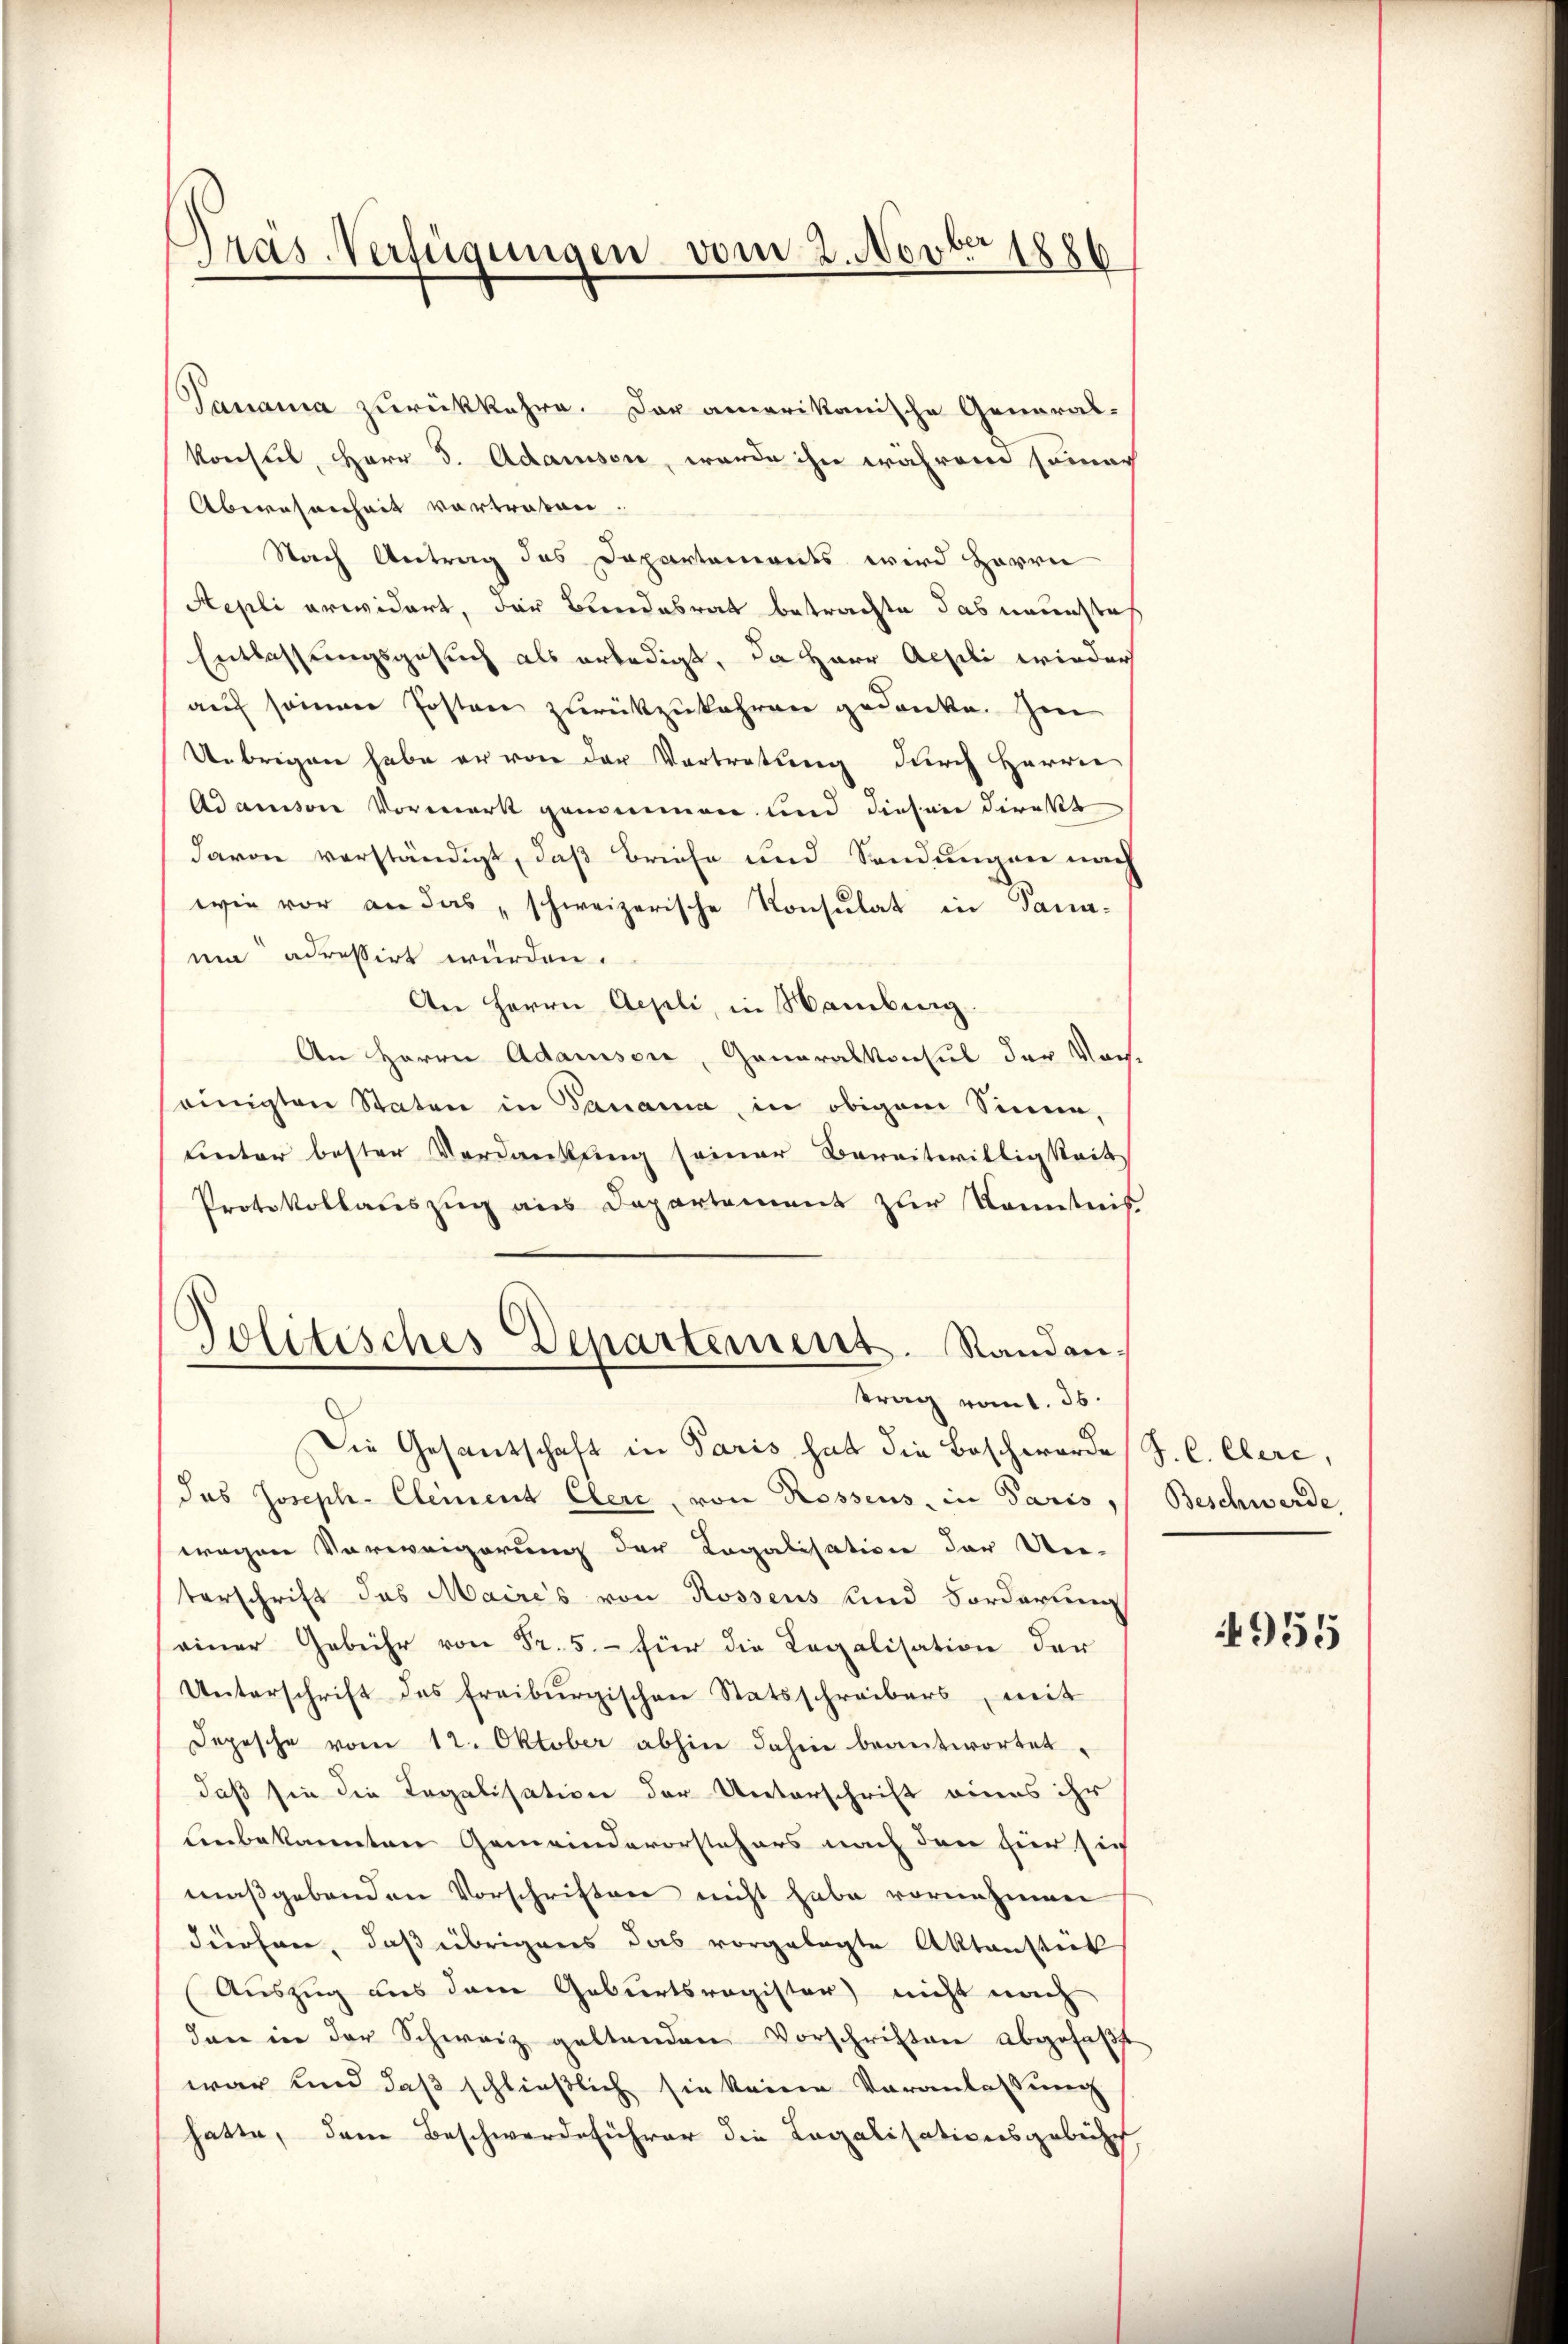
Pras-Verfügungen vom 2. Nov. 1886

Tanama zurückkehre. Der amerikanische General-
konsul, Herr J. Adamsen, werde ihn währen sonach
Aberesenheit vortreten.
Nach Antrag des Dapartemonts wird Herrn
Sepli erwidert, der Bundesrat betrachte das neuesteh
Entlassungsgesuch als erledigt, da Herr Aegili wieder
auf seinen Posten zurückzukehren gedanke. Im
Uebrigen habe er von der Vortretung durch Herrn
Adausson Vormerk genommen und diesen Direkt
davon verständigt, daß Briefe und Sendungen nach
wie vor an das schweizerische Konsulat in Dananm adressirt würden.
An Herrn Aepli, in Hamburg
An Herrn Adamsen, Generalkonsul der Voreinigten Staten in Ganama, in obigem Sinne,
uinter bester Verdankung seiner Bereitwilligkeit
Protokollauszug aus Departement zur Kenntnis
Jolitisches Departement. Randantrag vom 1. 36.
Die Gesandschaft in Paris hat die Beschworde
das Joseph- Clement Clere, von Rossens, in Paris,
wegen Vorweigerung der Legalisation der Un-
terschrift das Maires von Rossens und Forderung
einer Gebühr von Fr. 5.- für die Legalisation der
Unterschrift des Freiburgischen Statsschreibers, mit
Depesche vom 12. Oktober abhin dahin beantwortet,
daß sie die Legalisation der Unterschrift eines ihr
Unbekannten Gemeindevorstehers nach den hier sich
maßgebenden Vorschriften nicht habe vornehmen
dürfen, daß übrigens das vorgelegte Aktensteck
Auszug aus dem Geburtsregister nicht nach
dan in der Schweiz geltenden Vorschriften abgefaβt
war und daß schließlich sie keine Veranlassung
hatte, dem Beschwerdeführer die Legalisationsgebiete

J. C. Clere,
Beschwerde,

955